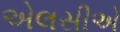
એલસીએ